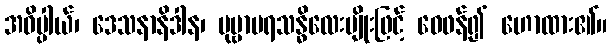
အဓိပ္ပါယ်၊ ဒေသနာနိဒါန၊ ပုဗ္ဗာပရသန္ဓိလေးမျိုးဖြင့် ဝေဖန်၍ ဟောထား၏။